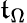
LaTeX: \mathfrak{t}_{\Omega}